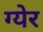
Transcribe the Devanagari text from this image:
ग्येर